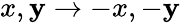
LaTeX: x,\mathbf{y}\rightarrow-x,-\mathbf{y}